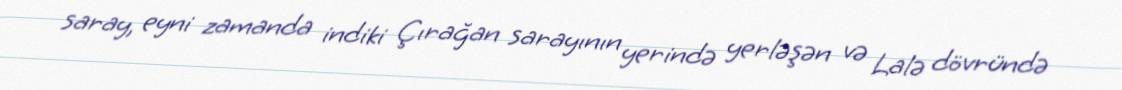
saray, eyni zamanda indiki Çırağan sarayının yerində yerləşən və Lalə dövründə